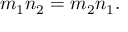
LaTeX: m _ { 1 } n _ { 2 } = m _ { 2 } n _ { 1 } .